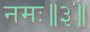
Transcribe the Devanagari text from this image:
नमः॥३॥